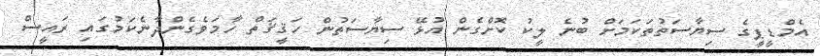
އެމްޑީޕީގެ ސިޔާސަތުތަކަމަށް ބުނެ ލީކު ކޮށްގެން އުޅޭ ސިޔާސަތުން ހަޤީޤަތް ހާމަވެގެންދާނެކަމުގައި ރައީސް